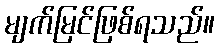
မျက်မြင်ဖြစ်ရသည်။